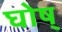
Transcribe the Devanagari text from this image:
घोष्